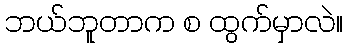
ဘယ်ဘူတာက စ ထွက်မှာလဲ။